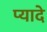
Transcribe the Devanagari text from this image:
प्‍यादे